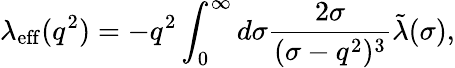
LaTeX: \lambda_{\mathrm{eff}}(q^{2})=-q^{2}\int_{0}^{\infty}d\sigma\frac{2\sigma}{(\sigma-q^{2})^{3}}\tilde{\lambda}(\sigma),